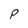
Character: P